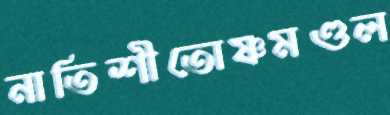
নাতিশীতোষ্ণমণ্ডল